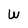
Character: W